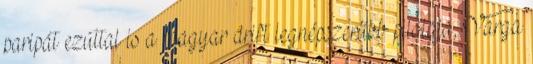
paripát ezúttal is a magyar drift legnépszerűbb pilótája, Varga